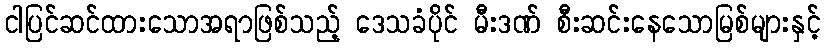
ငါပြင်ဆင်ထားသောအရာဖြစ်သည့် ဒေသခံပိုင် မီးဒဏ် စီးဆင်းနေသောမြစ်များနှင့်